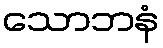
သောဘနံ